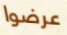
عرضوا